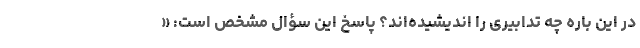
در این باره چه تدابیری را اندیشیده‌اند؟ پاسخ این سؤال مشخص است: «